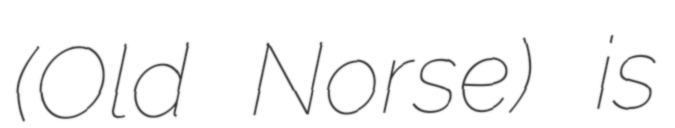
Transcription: (Old Norse) is